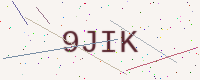
Text: 9JIK